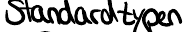
Standardtypen